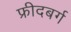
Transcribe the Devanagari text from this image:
फ्रीदबर्ग